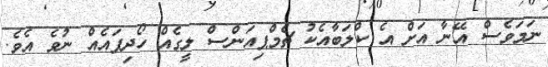
ނަމަވެސް އޭނާ އަށް އެ ކްލަބާއެކު ޗެމްޕިއަންސް ލީގެއް ހޯދިފައެއް ނުވެ އެވެ.